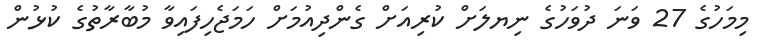
މިމަހުގެ 27 ވަނަ ދުވަހުގެ ނިޔލަށް ކުރިއަށް ގެންދިއުމަށް ހަމަޖެހިފައިވާ މުބާރާތުގެ ކުޅުން